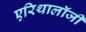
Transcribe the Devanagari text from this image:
एरिथालॉजी